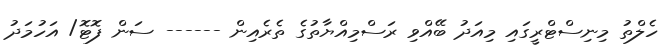
ހެލްތު މިނިސްޓްރީގައި މިއަދު ބޭއްވި ރަސްމިއްޔާތުގެ ތެރެއިން ------ ސަން ފޮޓޮ/ އަހުމަދު